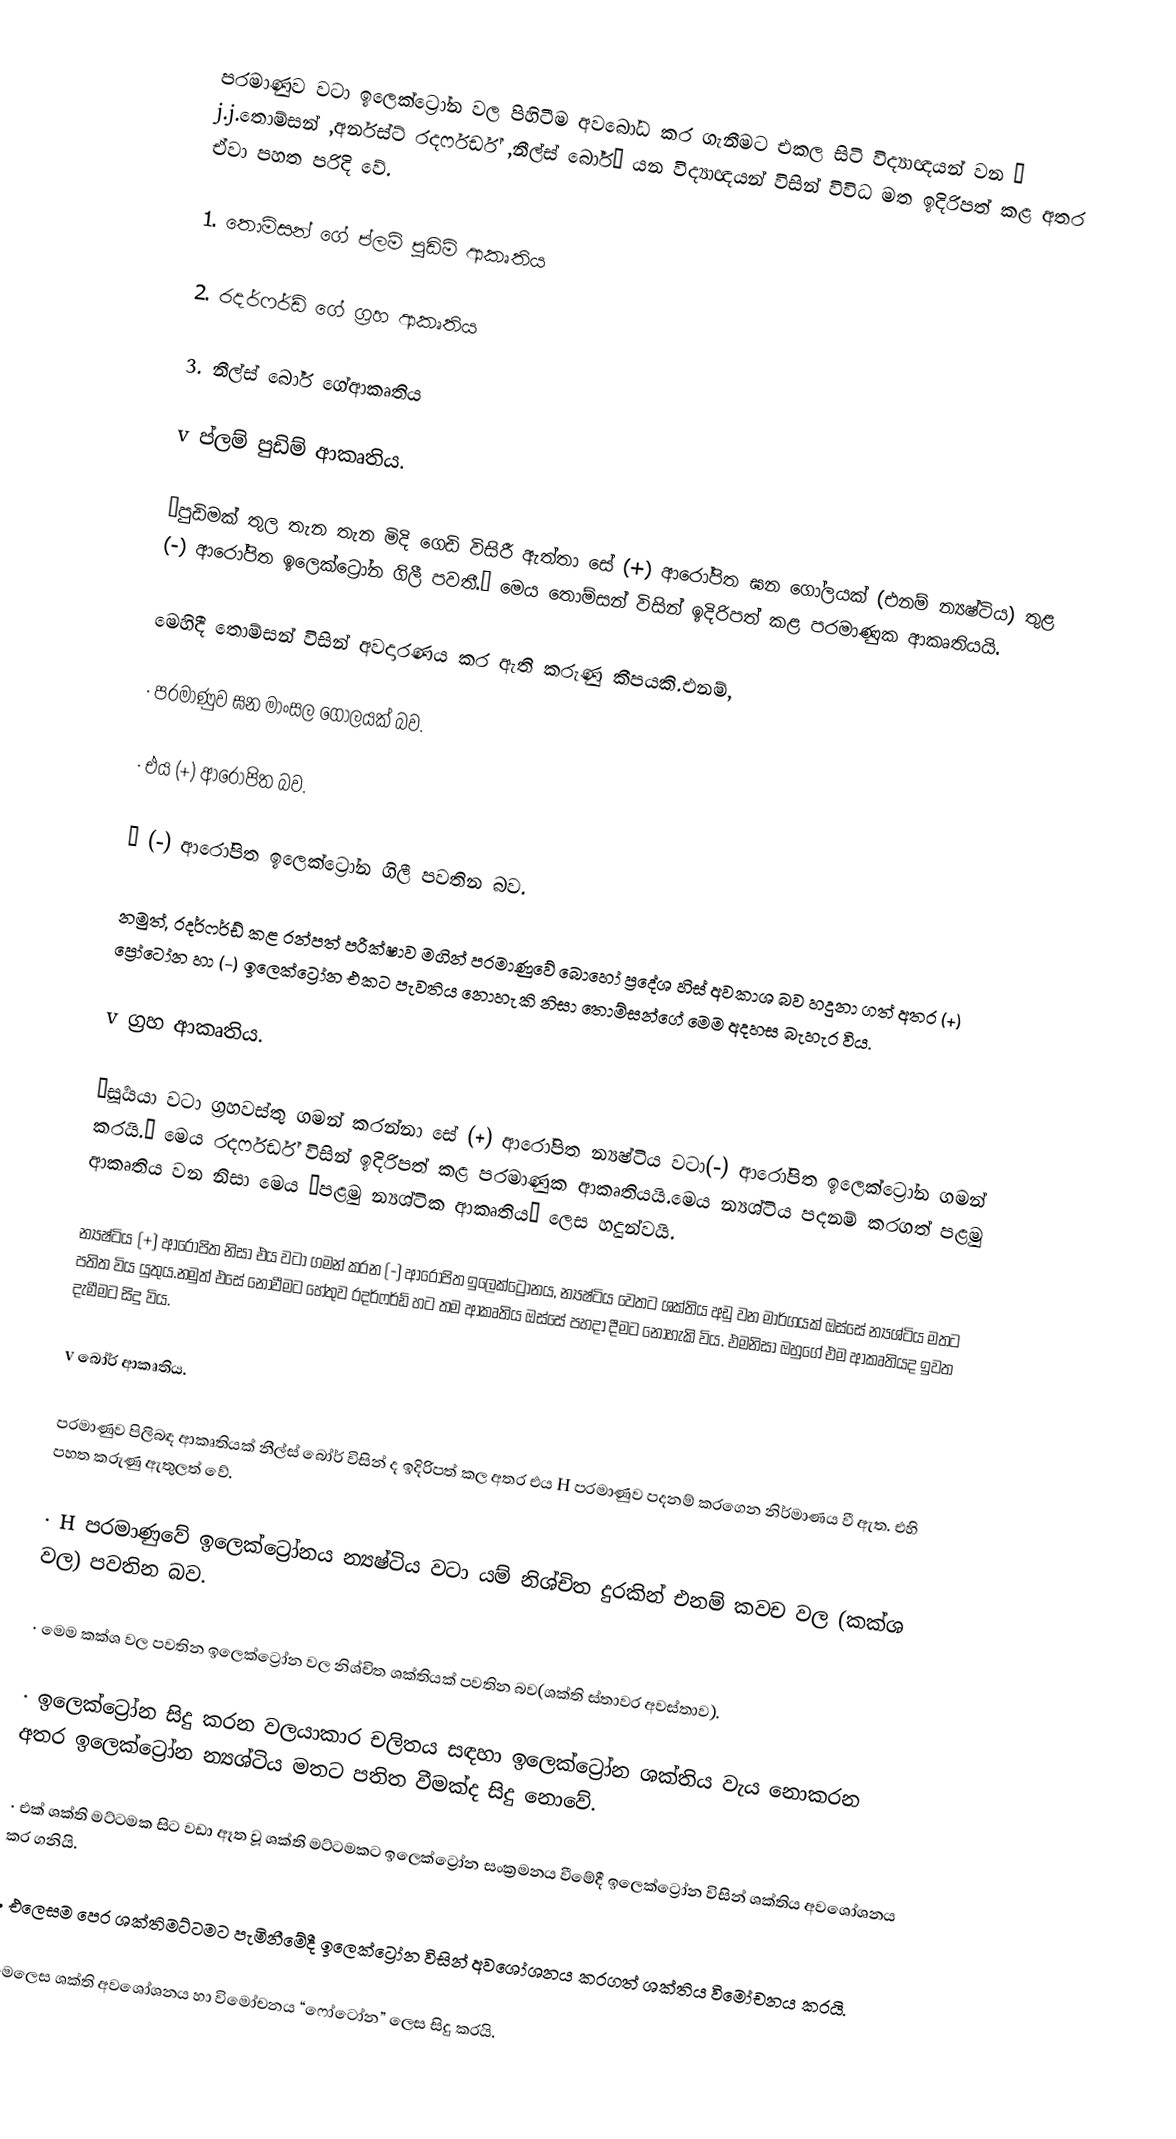
පරමාණුව වටා ඉලෙක්ට්‍රෝන වල පිහිටීම අවබෝධ කර ගැනීමට එකල සිටි විද්‍යාඥයන් වන ” j.j.තොම්සන් ,අර්නස්ට් රදර්ෆර්ඩ් ,නීල්ස් බෝර්” යන විද්‍යාඥයන් විසින් විවිධ මත ඉදිරිපත් කළ අතර  ඒවා පහත පරිදි වේ.

1.    තොම්සන් ගේ ප්ලම් පුඩිම් ආකෘතිය

2.    රදර්ෆර්ඩ් ගේ ග්‍රහ ආකෘතිය

3.    නීල්ස් බෝර් ගේආකෘතිය

v ප්ලම් පුඩිම් ආකෘතිය.

“පුඩිමක් තුල තැන තැන මිදි ගෙඩි විසිරී ඇත්තා සේ (+) ආරෝපිත ඝන ගෝලයක් (එනම් න්‍යෂ්ටිය) තුළ (-) ආරෝපිත ඉලෙක්ට්‍රෝන ගිලී පවතී.” මෙය තොම්සන් විසින් ඉදිරිපත් කළ පරමාණුක ආකෘතියයි.

මෙහිදී තොම්සන් විසින් අවදාරණය කර ඇති කරුණු කීපයකි.එනම්,

·       පරමාණුව ඝන මාංසල ගෝලයක් බව.

·       එය (+) ආරෝපිත බව.

·       (-) ආරෝපිත ඉලෙක්ට්‍රෝන ගිලී පවතින බව.

නමුත්, රදර්ෆර්ඩ් කළ රන්පත් පරීක්ෂාව මගින් පරමාණුවේ බොහෝ ප්‍රදේශ හිස් අවකාශ බව හදුනා ගත් අතර (+) ප්‍රෝටෝන හා (-) ඉලෙක්ට්‍රෝන එකට පැවතිය නොහැකි නිසා තොම්සන්ගේ මෙම අදහස බැහැර විය.

v ග්‍රහ ආකෘතිය.

“සූර්‍යයා වටා ග්‍රහවස්තු ගමන් කරන්නා සේ (+) ආරෝපිත න්‍යෂ්ටිය වටා(-) ආරෝපිත ඉලෙක්ට්‍රෝන ගමන් කරයි.” මෙය රදර්ෆර්ඩ් විසින් ඉදිරිපත් කළ පරමාණුක ආකෘතියයි.මෙය න්‍යශ්ටිය පදනම් කරගත් පළමු ආකෘතිය වන නිසා මෙය “පළමු න්‍යශ්ටික ආකෘතිය” ලෙස හදුන්වයි.

න්‍යෂ්ටිය (+) ආරෝපිත නිසා එය වටා ගමන් කරන (-) ආරෝපිත ඉලෙක්ට්‍රෝනය, න්‍යෂ්ටිය වෙතට ශක්තිය අඩු වන මාර්ගයක් ඔස්සේ න්‍යශ්ටිය මතට පතිත විය යුතුය.නමුත් එසේ නොවීමට හේතුව රදර්ෆර්ඩ් හට තම ආකෘතිය ඔස්සේ පහදා දීමට නොහැකි විය. එමනිසා ඔහුගේ එම ආකෘතියද ඉවත දැමීමට සිදු විය.

v බෝර් ආකෘතිය.

පරමාණුව පිලිබඳ ආකෘතියක් නීල්ස් බෝර් විසින් ද ඉදිරිපත් කල අතර එය H පරමාණුව පදනම් කරගෙන නිර්මාණය වී ඇත. එහි පහත කරුණු ඇතුලත් වේ.

·       H පරමාණුවේ ඉලෙක්ට්‍රෝනය න්‍යෂ්ටිය වටා යම් නිශ්චිත දුරකින් එනම් කවච වල (කක්ශ වල) පවතින බව.

·       මෙම කක්ශ වල පවතින ඉලෙක්ට්‍රෝන වල නිශ්චිත ශක්තියක් පවතින බව(ශක්ති ස්තාවර අවස්තාව).

·       ඉලෙක්ට්‍රෝන සිදු කරන වලයාකාර චලිතය සඳහා ඉලෙක්ට්‍රෝන ශක්තිය වැය නොකරන අතර ඉලෙක්ට්‍රෝන න්‍යශ්ටිය මතට පතිත වීමක්ද සිදු නොවේ.

·       එක් ශක්ති මට්ටමක සිට වඩා ඈත වූ ශක්ති මට්ටමකට ඉලෙක්ට්‍රෝන සංක්‍රමනය වීමේදී ඉලෙක්ට්‍රෝන විසින් ශක්තිය අවශෝශනය කර ගනියි.

·       එලෙසම පෙර ශක්තිමට්ටමට පැමිනීමේදී ඉලෙක්ට්‍රෝන විසින් අවශෝශනය කරගත් ශක්තිය විමෝචනය කරයි.

මෙලෙස ශක්ති අවශෝශනය හා විමෝචනය “ෆෝටෝන” ලෙස සිදු කරයි.